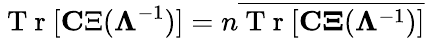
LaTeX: \mathrm{~T~r~}[{\mathbf C\Xi}({\mathbf\Lambda}^{-1})]=n\overline{{\mathrm{~T~r~}[\mathbf{C\Xi}({\mathbf\Lambda}^{-1})]}}